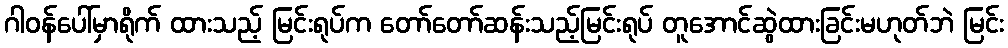
ဂါဝန်ပေါ်မှာရိုက် ထားသည့် မြင်းရုပ်က တော်တော်ဆန်းသည့်မြင်းရုပ် တူအောင်ဆွဲထားခြင်းမဟုတ်ဘဲ မြင်း